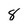
Character: 8